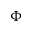
\Phi